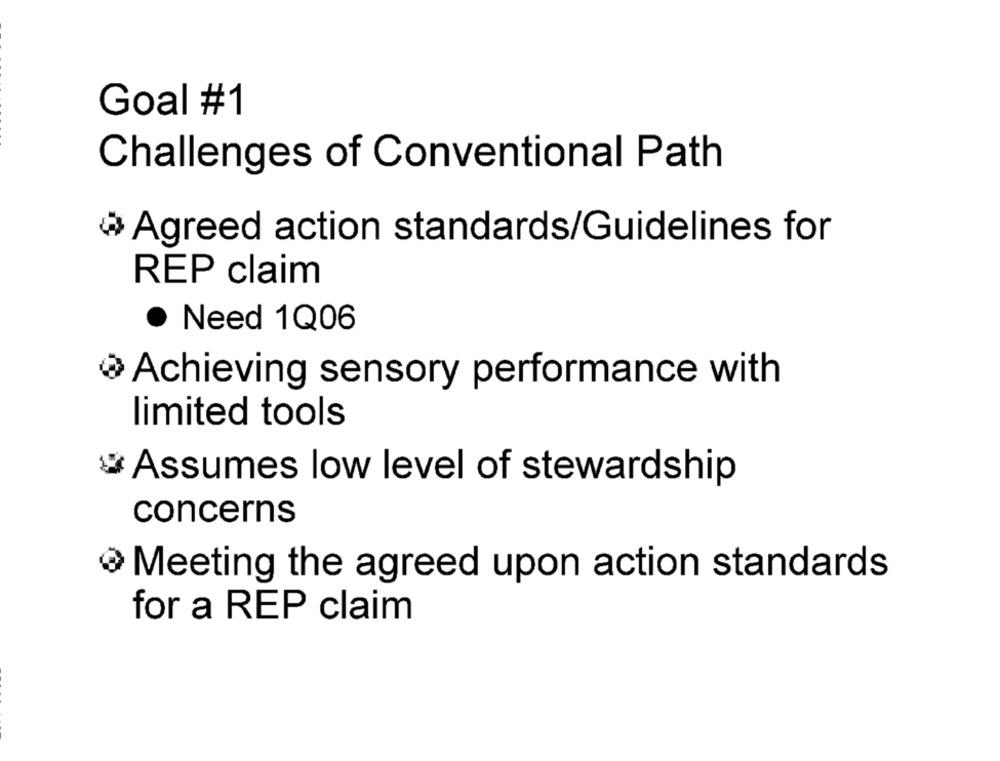
Goal #1
Challenges of Conventional Path
Agreed action standards/Guidelines for
REP claim
· Need 1Q06
Achieving sensory performance with
limited tools
# Assumes low level of stewardship
concerns
Meeting the agreed upon action standards
for a REP claim